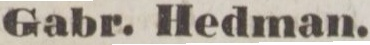
Gabr. Hedman.